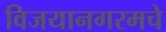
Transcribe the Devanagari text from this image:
विजयानगरमचे